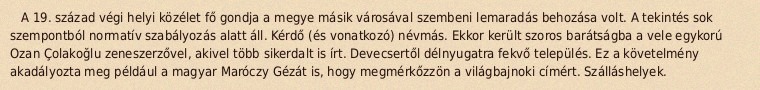
A 19. század végi helyi közélet fő gondja a megye másik városával szembeni lemaradás behozása volt. A tekintés sok szempontból normatív szabályozás alatt áll. Kérdő (és vonatkozó) névmás. Ekkor került szoros barátságba a vele egykorú Ozan Çolakoğlu zeneszerzővel, akivel több sikerdalt is írt. Devecsertől délnyugatra fekvő település. Ez a követelmény akadályozta meg például a magyar Maróczy Gézát is, hogy megmérkőzzön a világbajnoki címért. Szálláshelyek.